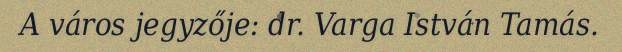
A város jegyzője: dr. Varga István Tamás.